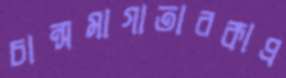
চান্সমাগাতারকাপ্র